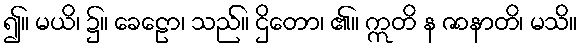
၍။ မယိ၊ ၌။ ခေဠော၊ သည်။ ဌိတော၊ ၏။ ဣတိ န ဇာနာတိ၊ မသိ။